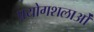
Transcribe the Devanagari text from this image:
प्रयोगशलाओं